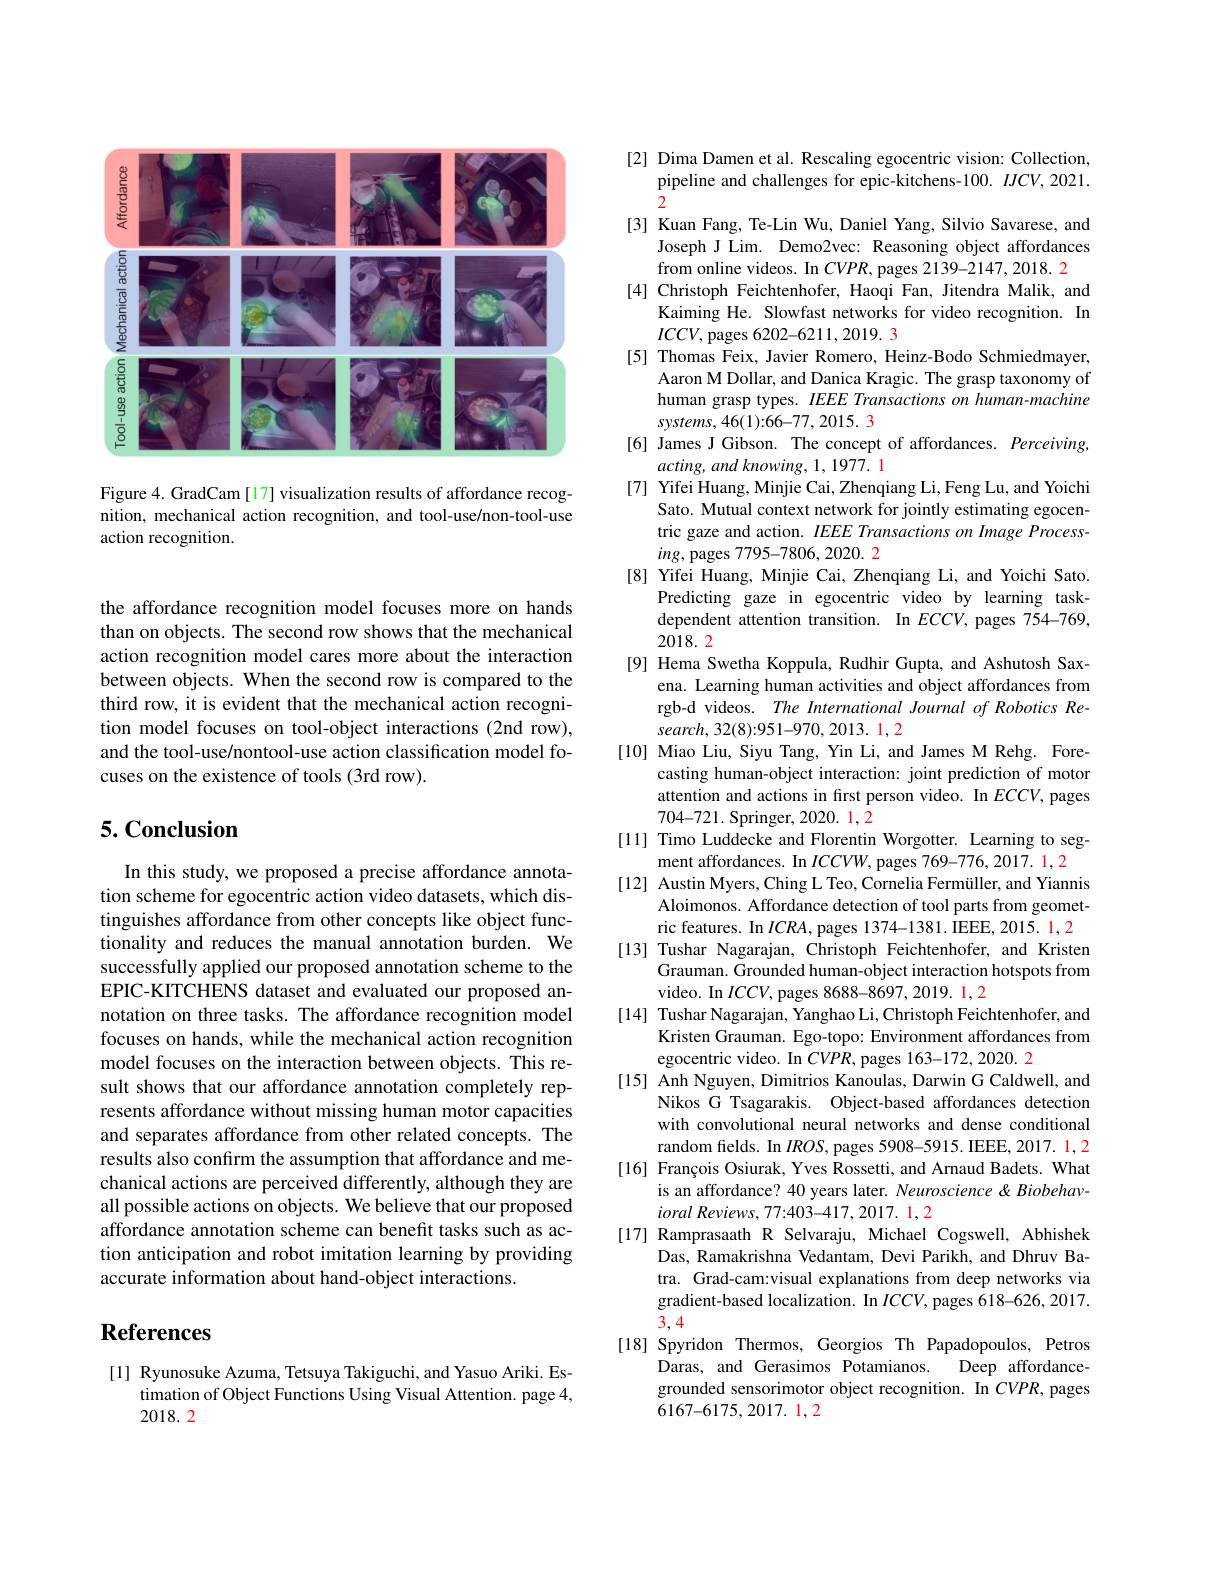
<FigureHere>

Figure 4. GradCam [17] visualization results of affordance recognition, mechanical action recognition, and tool-use/non-tool-use action recognition.

the affordance recognition model focuses more on hands than on objects. The second row shows that the mechanical action recognition model cares more about the interaction between objects. When the second row is compared to the third row, it is evident that the mechanical action recognition model focuses on tool-object interactions (2nd row), and the tool-use/nontool-use action classification model focuses on the existence of tools (3rd row).

## 5. Conclusion

In this study, we proposed a precise affordance annotation scheme for egocentric action video datasets, which distinguishes affordance from other concepts like object functionality and reduces the manual annotation burden. We successfully applied our proposed annotation scheme to the EPIC-KITCHENS dataset and evaluated our proposed annotation on three tasks. The affordance recognition model focuses on hands, while the mechanical action recognition model focuses on the interaction between objects. This result shows that our affordance annotation completely represents affordance without missing human motor capacities and separates affordance from other related concepts. The results also confirm the assumption that affordance and mechanical actions are perceived differently, although they are all possible actions on objects. We believe that our proposed affordance annotation scheme can benefit tasks such as action anticipation and robot imitation learning by providing accurate information about hand-object interactions.

# References

[1] Ryunosuke Azuma, Tetsuya Takiguchi, and Yasuo Ariki. Es-
timation of Object Functions Using Visual Attention. page 4,
2018.2

[2] Dima Damen et al. Rescaling egocentric vision: Collection,
pipeline and challenges for epic-kitchens-100. $IJCV,2021.$
2
[3] Kuan Fang, Te-Lin Wu, Daniel Yang, Silvio Savarese, and
Joseph J Lim. Demo2vec: Reasoning object affordances
from online videos. In $CVPR$, pages 2139-2147,2018. 2
[4] Christoph Feichtenhofer, Haoqi Fan, Jitendra Malik, and
Kaiming He. Slowfast networks for video recognition. In
$ICCV$, pages 6202-6211,2019. 3
[5] Thomas Feix, Javier Romero, Heinz-Bodo Schmiedmayer,
Aaron M Dollar, and Danica Kragic. The grasp taxonomy of human grasp types. IEEE Transactions on human-machine systems, 46(1):66-77, 2015. 3
[6] James J Gibson. The concept of affordances. Perceiving,
acting, and knowing, 1, 1977. 1
[7] Yifei Huang, Minjie Cai, Zhenqiang Li, Feng Lu, and Yoichi
Sato. Mutual context network for jointly estimating egocentric gaze and action. IEEE Transactions on Image Process- $ing$, pages 7795-7806, 2020. 2
[8] Yifei Huang, Minjie Cai, Zhenqiang Li, and Yoichi Sato.
Predicting gaze in egocentric video by learning taskdependent attention transition. In $ECCV$, pages 754-769, 2018.2
[9] Hema Swetha Koppula, Rudhir Gupta, and Ashutosh Sax-
ena. Learning human activities and object affordances from rgb-d videos. The International Journal of Robotics Re- $search,32(8):951-970,2013.1,2$
[10] Miao Liu, Siyu Tang, Yin Li, and James M Rehg. Fore-
casting human-object interaction: joint prediction of motor attention and actions in first person video. In $ECCV$, pages 704-721. Springer, 2020. 1, 2
[11] Timo Luddecke and Florentin Worgotter. Learning to seg-
ment affordances. In $ICCVW$, pages 769-776, 2017. 1,2
[12] Austin Myers, Ching L Teo, Cornelia Fermüller, and Yiannis
Aloimonos. Affordance detection of tool parts from geometric features. In $ICRA$, pages 1374-1381. IEEE, 2015. 1, 2
[13] Tushar Nagarajan, Christoph Feichtenhofer, and Kristen
Grauman. Grounded human-object interaction hotspots from
video. In $ICCV$,pages 8688-8697,2019. 1,2
[14] Tushar Nagarajan, Yanghao Li, Christoph Feichtenhofer, and
Kristen Grauman. Ego-topo: Environment affordances from
egocentric video. In $CVPR$, pages 163-172, 2020. 2
[15] Anh Nguyen, Dimitrios Kanoulas, Darwin G Caldwell, and
Nikos G Tsagarakis. Object-based affordances detection with convolutional neural networks and dense conditional random felds. In $IROS$, pages 5908-5915. IEEE, 2017. 1, 2
[16] François Osiurak, Yves Rossetti, and Arnaud Badets. What
is an affordance? 40 years later. Neuroscience & Biobehav-
$ioral\textit{Reviews, 77: 403- 417, 2017. 1, 2}$
[17] Ramprasaath R Selvaraju, Michael Cogswell, Abhishek
Das, Ramakrishna Vedantam, Devi Parikh, and Dhruv Batra. Grad-cam:visual explanations from deep networks via gradient-based localization. In $ICCV$, pages 618-626, 2017. 3,4
[18] Spyridon Thermos, Georgios Th Papadopoulos, Petros
Daras, and Gerasimos Potamianos.
Deep affordance-
grounded sensorimotor object recognition. In $CVPR$, pages
6167-6175,2017.1,2